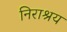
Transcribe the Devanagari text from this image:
निराश्रय